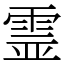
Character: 霊